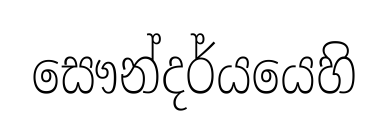
සෞන්දර්යයෙහි